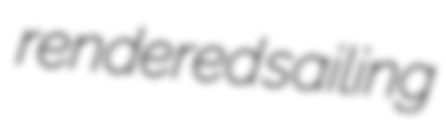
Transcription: rendered sailing